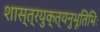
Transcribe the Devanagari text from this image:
शास्त्रयुक्त्यनुभूतिभिः